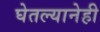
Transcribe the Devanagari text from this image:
घेतल्यानेही